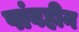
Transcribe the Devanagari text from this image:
पांवहीन